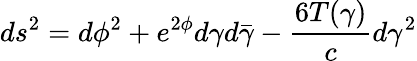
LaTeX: ds^{2}=d\phi^{2}+e^{2\phi}d\gamma d\bar{\gamma}-{\frac{6T(\gamma)}{c}}d\gamma^{2}